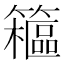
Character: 䉩